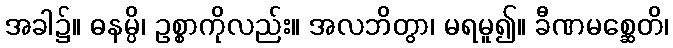
အခါ၌။ ဓနမ္ပိ၊ ဥစ္စာကိုလည်း။ အလဘိတွာ၊ မရမူ၍။ ခီဏမစ္ဆေတိ၊